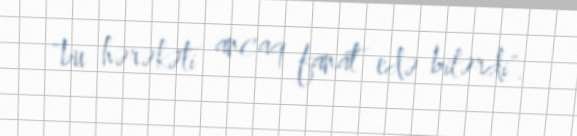
"bu hərəkəti ancaq fanat edə bilərdi".